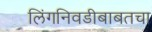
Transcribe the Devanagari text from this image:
लिंगनिवडीबाबतचा